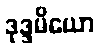
ဒုဒ္ဒမိယော